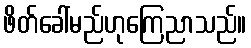
ဖိတ်ခေါ်မည်ဟုကြေညာသည်။